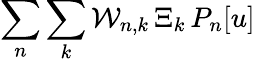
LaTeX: \sum_{n}\sum_{k}\mathcal{W}_{n,k}\, \Xi_{k}\, P_{n}[u]